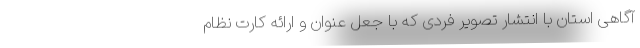
آگاهی استان با انتشار تصویر فردی که با جعل عنوان و ارائه کارت نظام